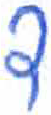
אות: ד